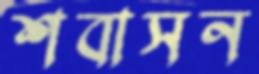
শবাসন